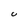
Character: U